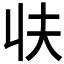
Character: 𰀣